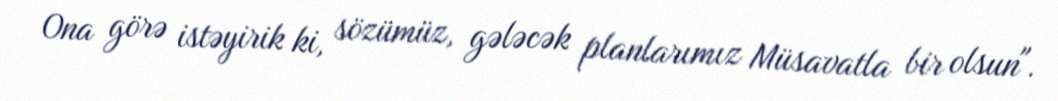
Ona görə istəyirik ki, sözümüz, gələcək planlarımız Müsavatla bir olsun".